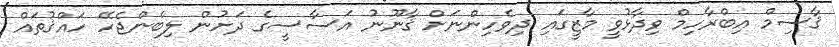
ޤާސިމް އިބްރާހިމް ވިދާޅުވީ މާޒީގައި ދިވެހިންނަށް ޤާނޫނު އަސާސީގެ ދަށުން ލިބެންޖެހޭ ހައްޤުތައް